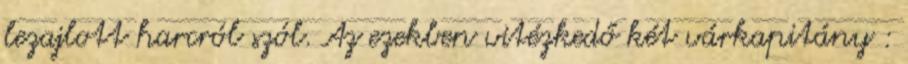
lezajlott harcról szól. Az ezekben vitézkedő két várkapitány :